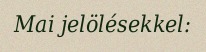
Mai jelölésekkel: